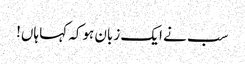
سب نے ایک زبان ہوکہ کہا ہاں!